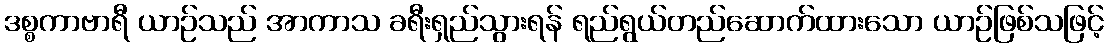
ဒစ္စကာဗာရီ ယာဉ်သည် အာကာသ ခရီးရှည်သွားရန် ရည်ရွယ်တည်ဆောက်ထားသော ယာဉ်ဖြစ်သဖြင့်